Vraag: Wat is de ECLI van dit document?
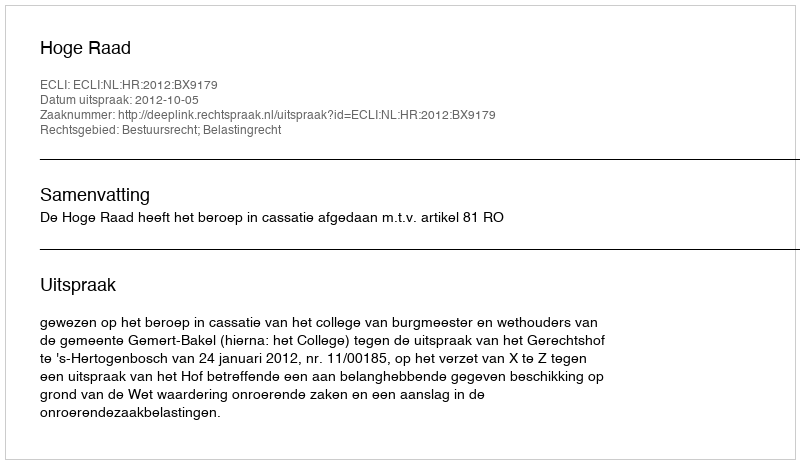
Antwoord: ECLI:NL:HR:2012:BX9179